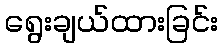
ရွေးချယ်ထားခြင်း